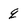
Character: q